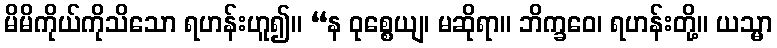
မိမိကိုယ်ကိုသိသော ရဟန်းဟူ၍။ “န ဝုစ္စေယျ၊ မဆိုရာ။ ဘိက္ခဝေ၊ ရဟန်းတို့။ ယသ္မာ